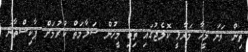
ތިން ވަނަ މީހާ މަރާލީ ކޮލެޖުގައި ތިބި މީހުން ސަލާމަތް ކުރުމަށް ޕާކިސްތާނު